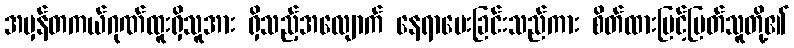
အမှန်တကယ်ဂုဏ်ထူးရှိသူအား ရှိသည့်အလျောက် နေရာပေးခြင်းသည်ကား စိတ်ထားမြင့်မြတ်သူတို့၏